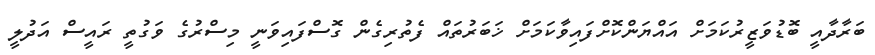
ބަރާދާއީ ބޮޑުވަޒީރުކަމަށް އައްޔަންކޮށްފައިވާކަމަށް ޚަބަރުތައް ފެތުރިގެން ގޮސްފައިވަނީ މިސްރުގެ ވަގުތީ ރައީސް އަދުލީ